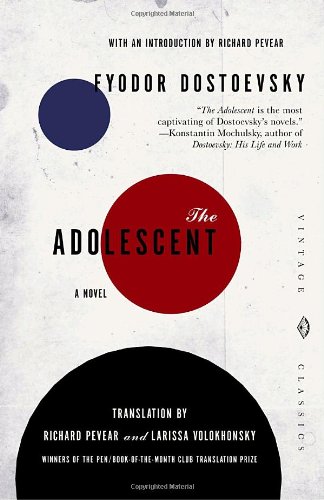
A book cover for The Adolescent (Vintage Classics); Fyodor Dostoevsky; Literature & Fiction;